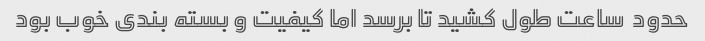
حدود  ساعت طول کشید تا برسد اما کیفیت و بسته بندی خوب بود